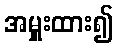
အမှူးထား၍